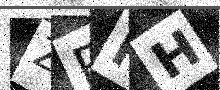
Text: ZRRH